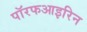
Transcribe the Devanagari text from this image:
पॉरफआइरिन